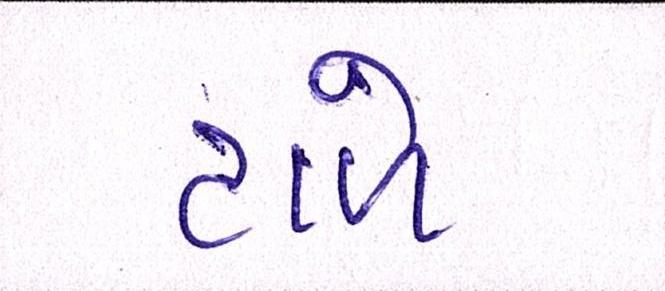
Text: ટાળે